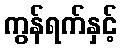
ကွန်ရက်နှင့်